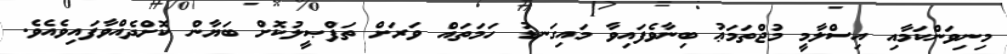
މިނިވަންކަމާއި އިސްލާމީ މުޖްތަމަޢު ބިނާވެފައިވާ މައިގަނޑު ހަމަތައް ވަރަށް ތަފްޞީލުކޮށް ބަޔާން ކޮށްދެއްވާފައިވެއެވެ.